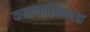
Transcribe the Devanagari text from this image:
कलावतीनामक